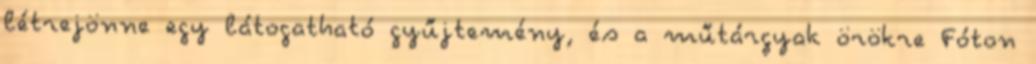
létrejönne egy látogatható gyűjtemény, és a műtárgyak örökre Fóton